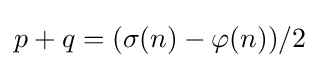
p+q=(\sigma (n)-\varphi (n))/2